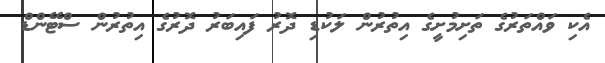
އެކި ވައްތަރުގެ ތަށިމުށީގެ އިތުރުން ލަކުޑި ދޮރު ފައިބަރު ދޮރުގެ އިތުރުން ސްޓޭންޑް